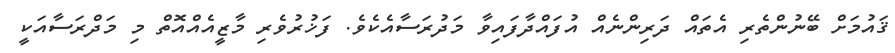
ޤައުމަށް ބޭނުންތެރި އެތައް ދަރިންނެއް އުފައްދާފައިވާ މަދުރަސާއެކެވެ. ފަޚުރުވެރި މާޒީއެއްއޮތް މި މަދްރަސާއަކީ